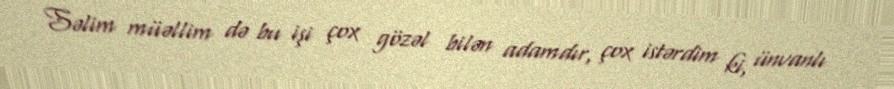
Səlim müəllim də bu işi çox gözəl bilən adamdır, çox istərdim ki, ünvanlı